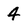
Character: 4